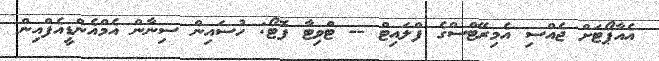
އެއާޕޯޓަށް ޖެއްސި އެމިރޭޓްސްގެ ފްލައިޓް -- ޓްވިޓާ ފޮޓޯ: ހުސައިން ސިނާން އެމްއެންޑީއެފްއިން